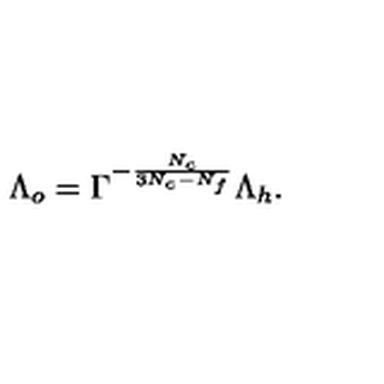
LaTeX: \Lambda _ { o } = \Gamma ^ { - { \frac { N _ { c } } { 3 N _ { c } - N _ { f } } } } \Lambda _ { h } .